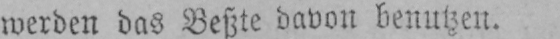
werden das Beßte davon benutzen.